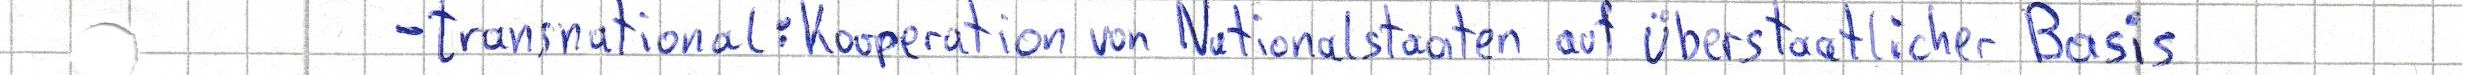
- transnational: Kooperation von Nationalstaaten auf überstaatlicher Basis